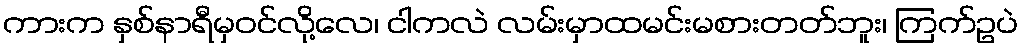
ကားက နှစ်နာရီမှဝင်လို့လေ၊ ငါကလဲ လမ်းမှာထမင်းမစားတတ်ဘူး၊ ကြက်ဥပဲ